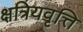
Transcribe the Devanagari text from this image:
क्षत्रियवृत्ति